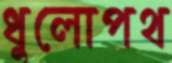
ধুলোপথ